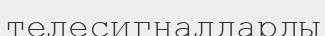
телесигналдарды